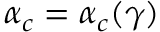
\alpha _ { c } = \alpha _ { c } ( \gamma )